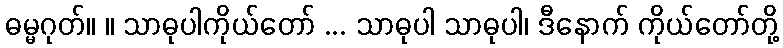
ဓမ္မဂုတ်။ ။ သာဓုပါကိုယ်တော် ... သာဓုပါ သာဓုပါ၊ ဒီနောက် ကိုယ်တော်တို့